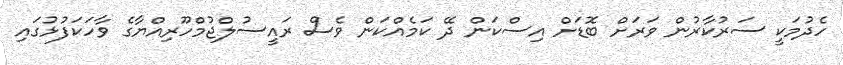
ހެދުމަކީ ސަރުކާރުން ވަރަށް ބޮޑަށް އިސްކަން ދޭ ކަމެއްކަން ވެސް ރައީސުލްޖުމްހޫރިއްޔާގެ ވާހަކަފުޅުގައި